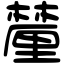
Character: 𨤳